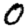
Digit: 0